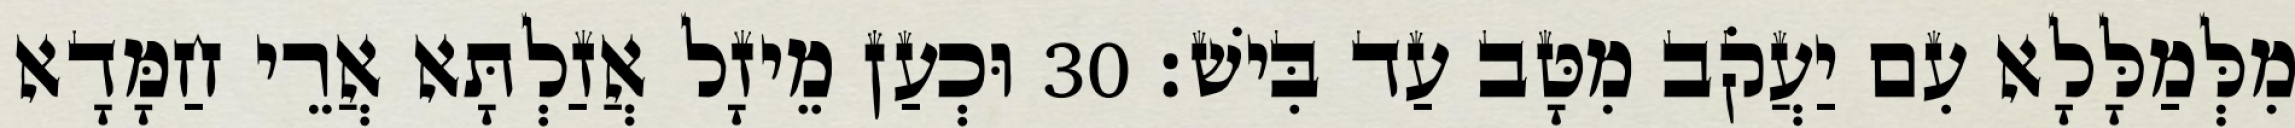
מִלְּמַלָּלָא עִם יַעֲקֹב מִטָּב עַד בִּישׁ׃ 30 וּכְעַן מֵיזָל אֲזַלְתָּא אֲרֵי חַמָּדָא